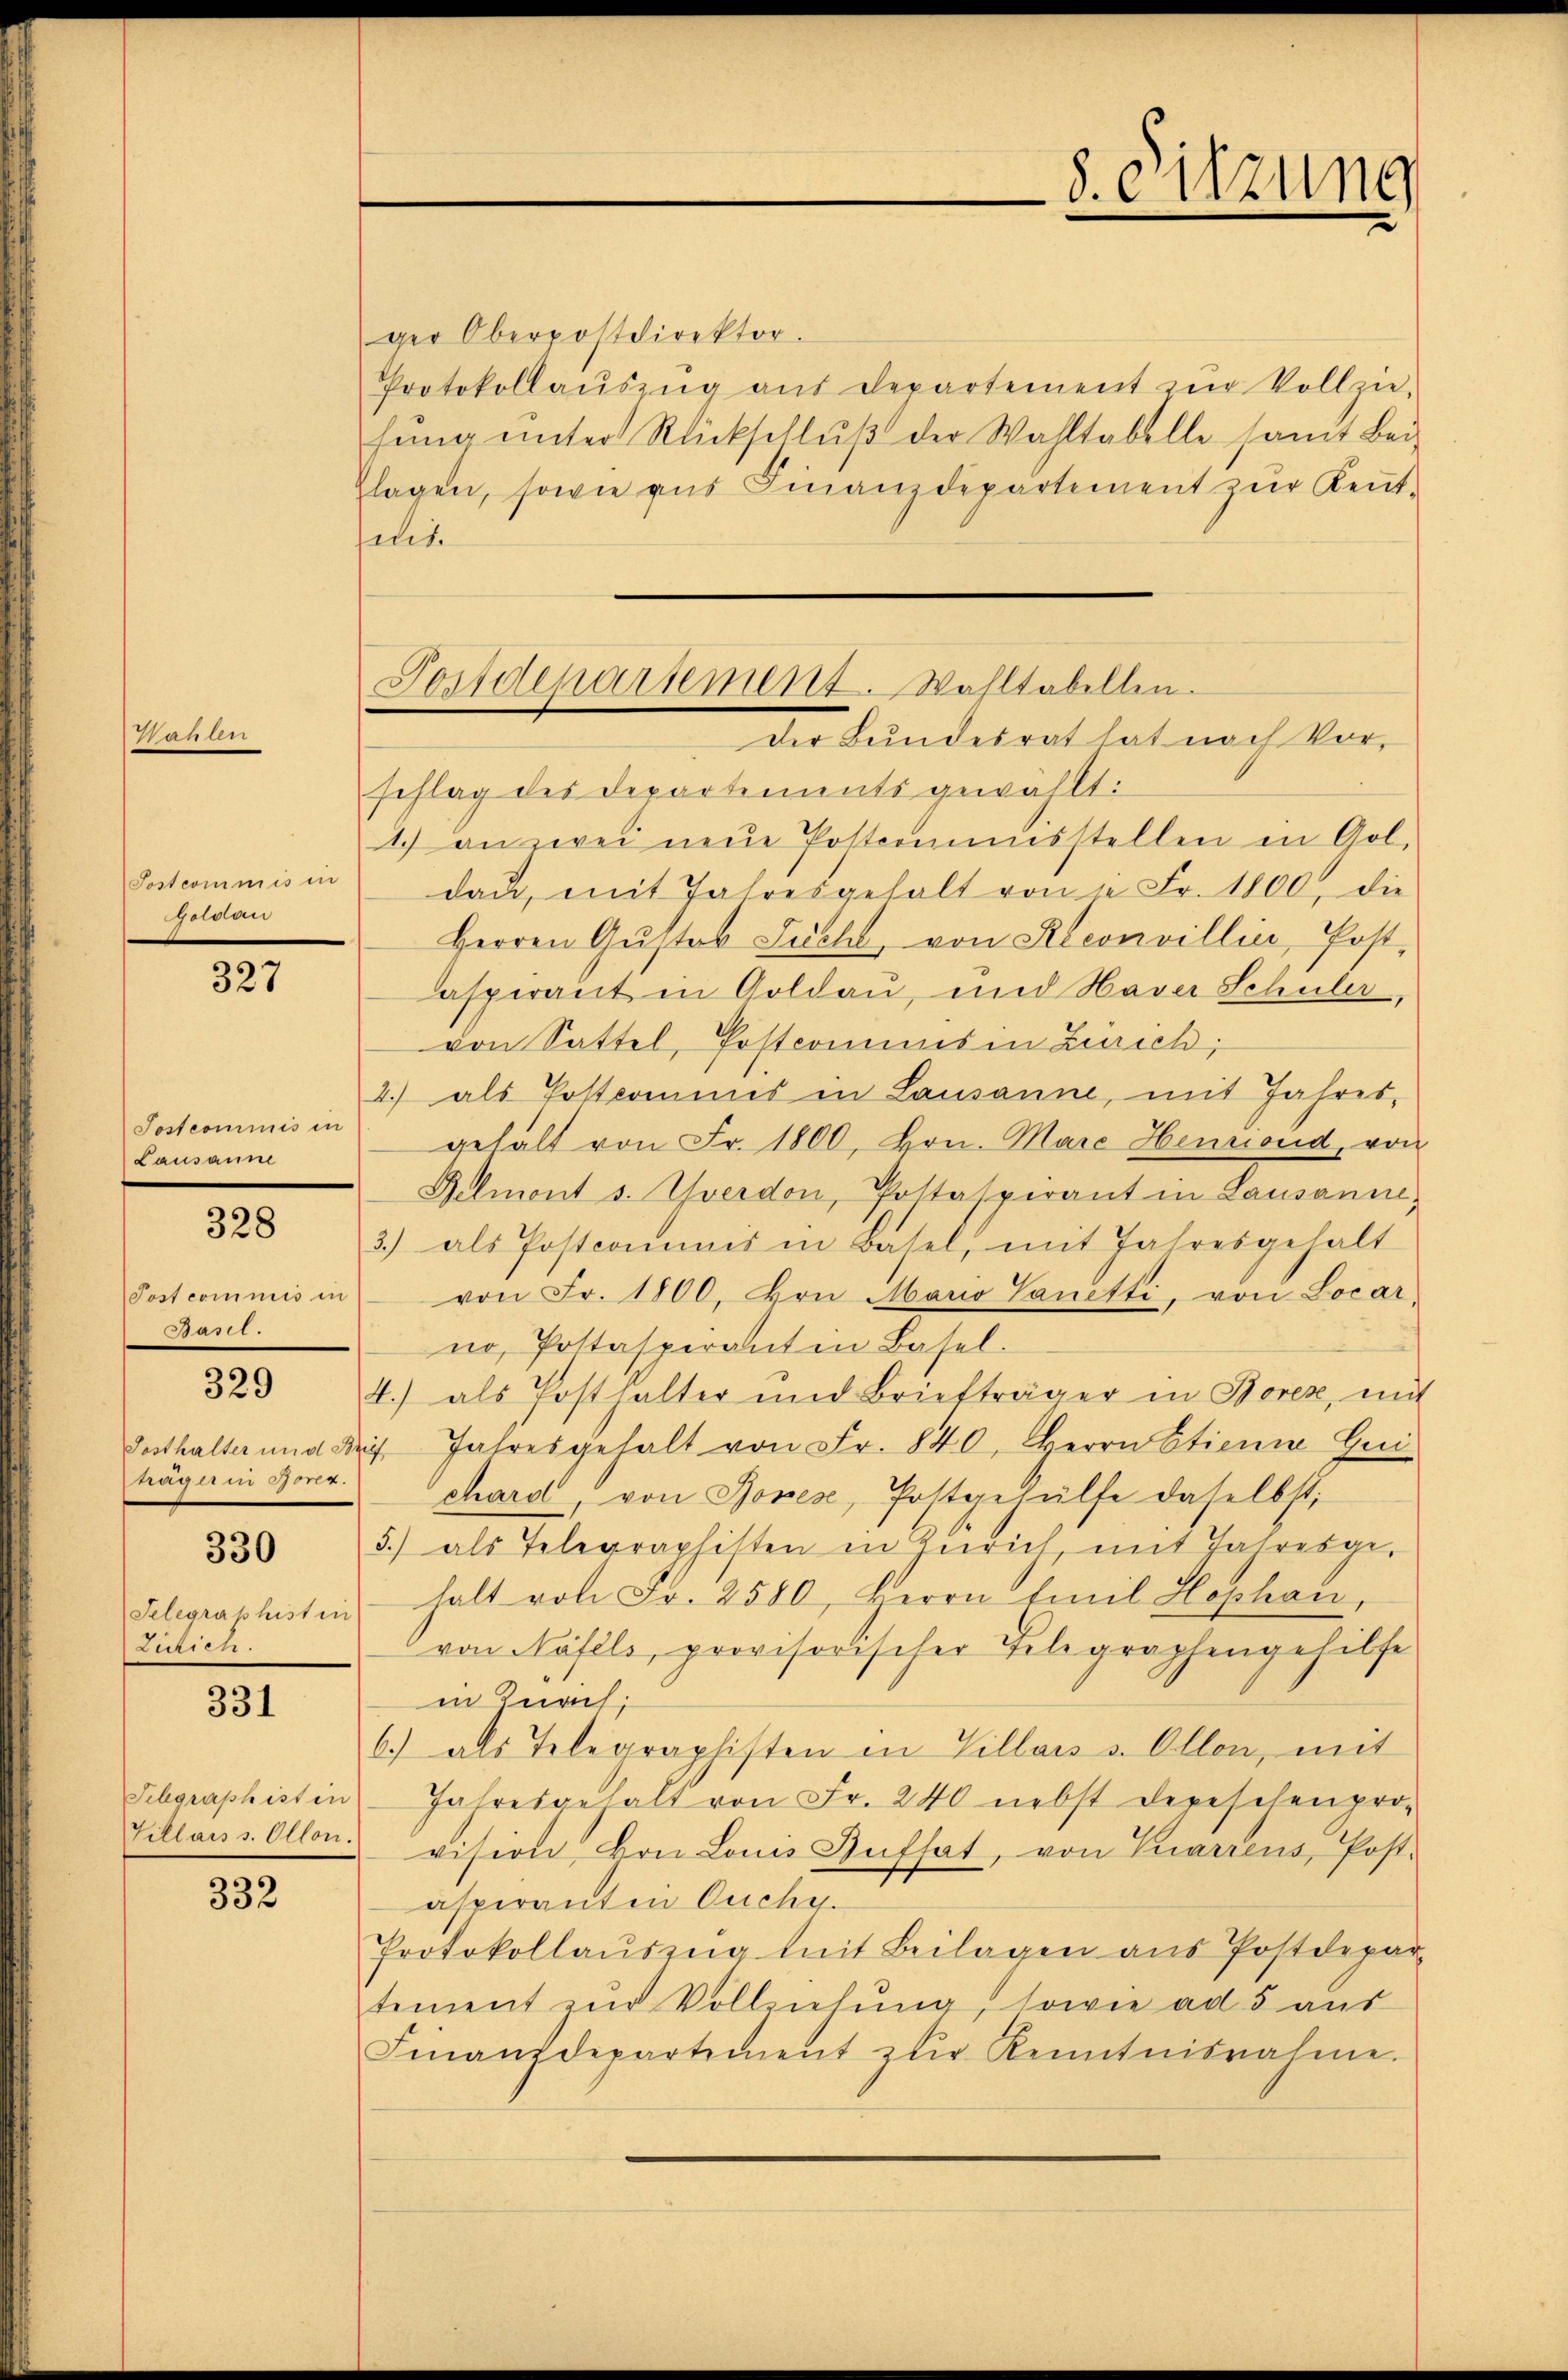
3

Tostcommis in
01000

327

Postcommis in
Lausanne

328

Post commis in
Basel.

329

Posthalter und B
träger in Borez.

330

Selegraphister
Zürich.

331

Schgraph ist in
Villais s. Ollon.

332

Postdepartement. Wahltabellen.

ger Oberpostdirektor.
Protokollaŭszŭg aŭs Departement zŭr Vollziefŭng ŭnter Rückschlŭβ der Wahltabelle somit Bei-
zlagen, sowie aus Finanzdepartement zur Kenntais
Der Bundesrat hat nach Vor-
schlag des Departements gewählt:
1) an zwei neue Postcommisstellen in Gol,
dan, mit Jahresgehalt von 4 Fr. 1800, die
Herren Gŭstav Licht von Kelconvillie, Post,
asperant in Goldau, und Haver Schüler,
von Sattel, Postcommis in Zürich,
4) als Pottcommes in Lausanne, mit Jahres-
gehalt von Fr. 1800, Hrn. Marc Henriond, von
Belmont s. Yverdon, Pottaspirant in Lausanne,
3) als Postcomums in Basel, mit Jahresgehalt
von Fr. 1800, von Mario Vanetti, von Locar
no, Pottasperant in Basel.
4.) als Posthalter und Briefträger in Bores, um
ch Jahresgehalt von Fr. 840, Herrn Etienna Gui
chard, von Rover, Postgehülfe daselbst,
5.) als Telegraphisten in Zürich mit Jahresge-
halt von Fr. 2580, Herrn Emil Hophan,
von Näfels, provisorischer Feligraphengehilfe
in Zürich;
6.) als Telegraphisten in Villais s. Allen, mit
Jahresgehalt von Fr. 240 nebst depeschenpro-
vision, von Louis Aufsat, von Vuariens, Post-
asperantin Ouchy.
Protokollaŭszŭg mit Beilagen ans Postdepar
tement zŭr Vollziehŭng, sowie ad 5 aŭs
Finanzdepartement zur Kenntnisnahme.

8. Sitzung